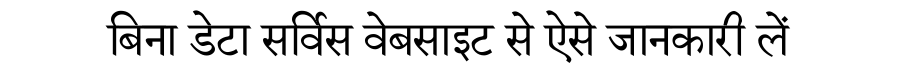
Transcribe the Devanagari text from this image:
बिना डेटा सर्विस वेबसाइट से ऐसे जानकारी लें